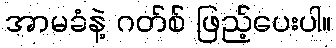
အာမခံနဲ့ ဂတ်စ် ဖြည့်ပေးပါ။